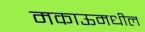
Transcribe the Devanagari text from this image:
मकाऊमधील